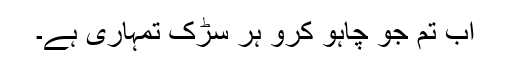
اب تم جو چاہو کرو ہر سڑک تمہاری ہے۔